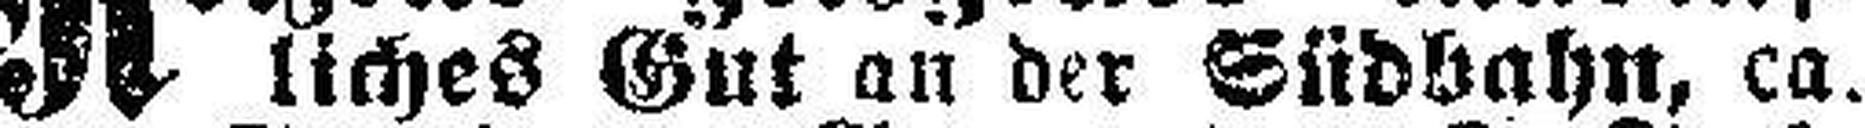
liches Gut an der Südbahn, ca.